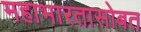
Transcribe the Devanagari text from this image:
महाभारतासोबत